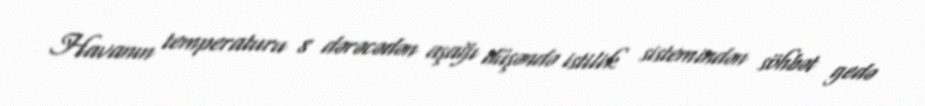
Havanın temperaturu 8 dərəcədən aşağı düşəndə istilik sistemindən söhbət gedə